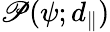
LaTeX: \mathscr{P}(\psi;d_{\parallel})